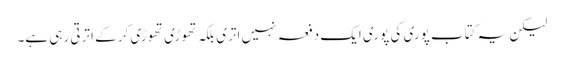
لیکن یہ کتاب پوری کی پوری ایک دفعہ نہیں اتری بلکہ تھوڑی تھوڑی کر کے اترتی رہی ہے۔